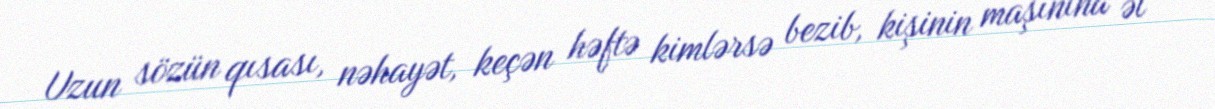
Uzun sözün qısası, nəhayət, keçən həftə kimlərsə bezib, kişinin maşınına əl